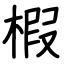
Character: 椵